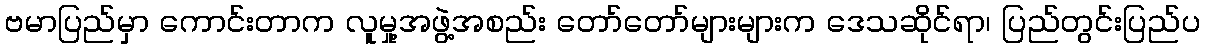
ဗမာပြည်မှာ ကောင်းတာက လူမှု့အဖွဲ့အစည်း တော်တော်များများက ဒေသဆိုင်ရာ၊ ပြည်တွင်းပြည်ပ